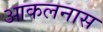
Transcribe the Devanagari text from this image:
आकलनास